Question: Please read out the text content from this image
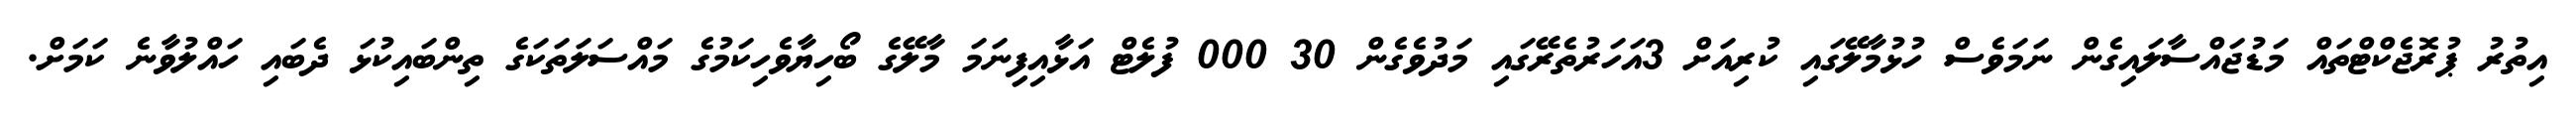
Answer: އިތުރު ޕުރޮޖެކްޓްތައް މަޑުޖައްސާލައިގެން ނަމަވެސް ހުޅުމާލޭގައި ކުރިއަށް 3އަހަރުތެރޭގައި މަދުވެގެން 30 000 ފުލެޓް އަޅާއިފިިނަމަ މާލޭގެ ބޯހިޔާވެހިކަމުގެ މައްސަލަތަކަގެ ތިންބައިކުޅަ ދެބައި ހައްލުވާނެ ކަމަށް.